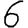
Digit: 6